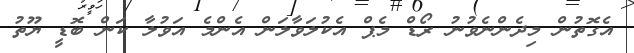
އެގޮތުން މިދެންނެވުނު ރޯޑް މެޕް އެކުލަވާލަން އެންމެ އަވުލާ ކަން ބޮޑީ ޔޫތު